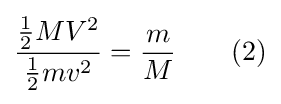
{\frac {{\frac {1}{2}}MV^{2}}{{\frac {1}{2}}mv^{2}}}={\frac {m}{M}}\qquad (2)